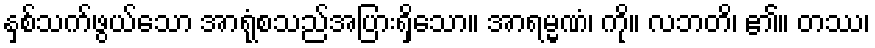
နှစ်သက်ဖွယ်သော အာရုံစသည်အပြားရှိသော။ အာရမ္မဏံ၊ ကို။ လဘတိ၊ ၏။ တဿ၊